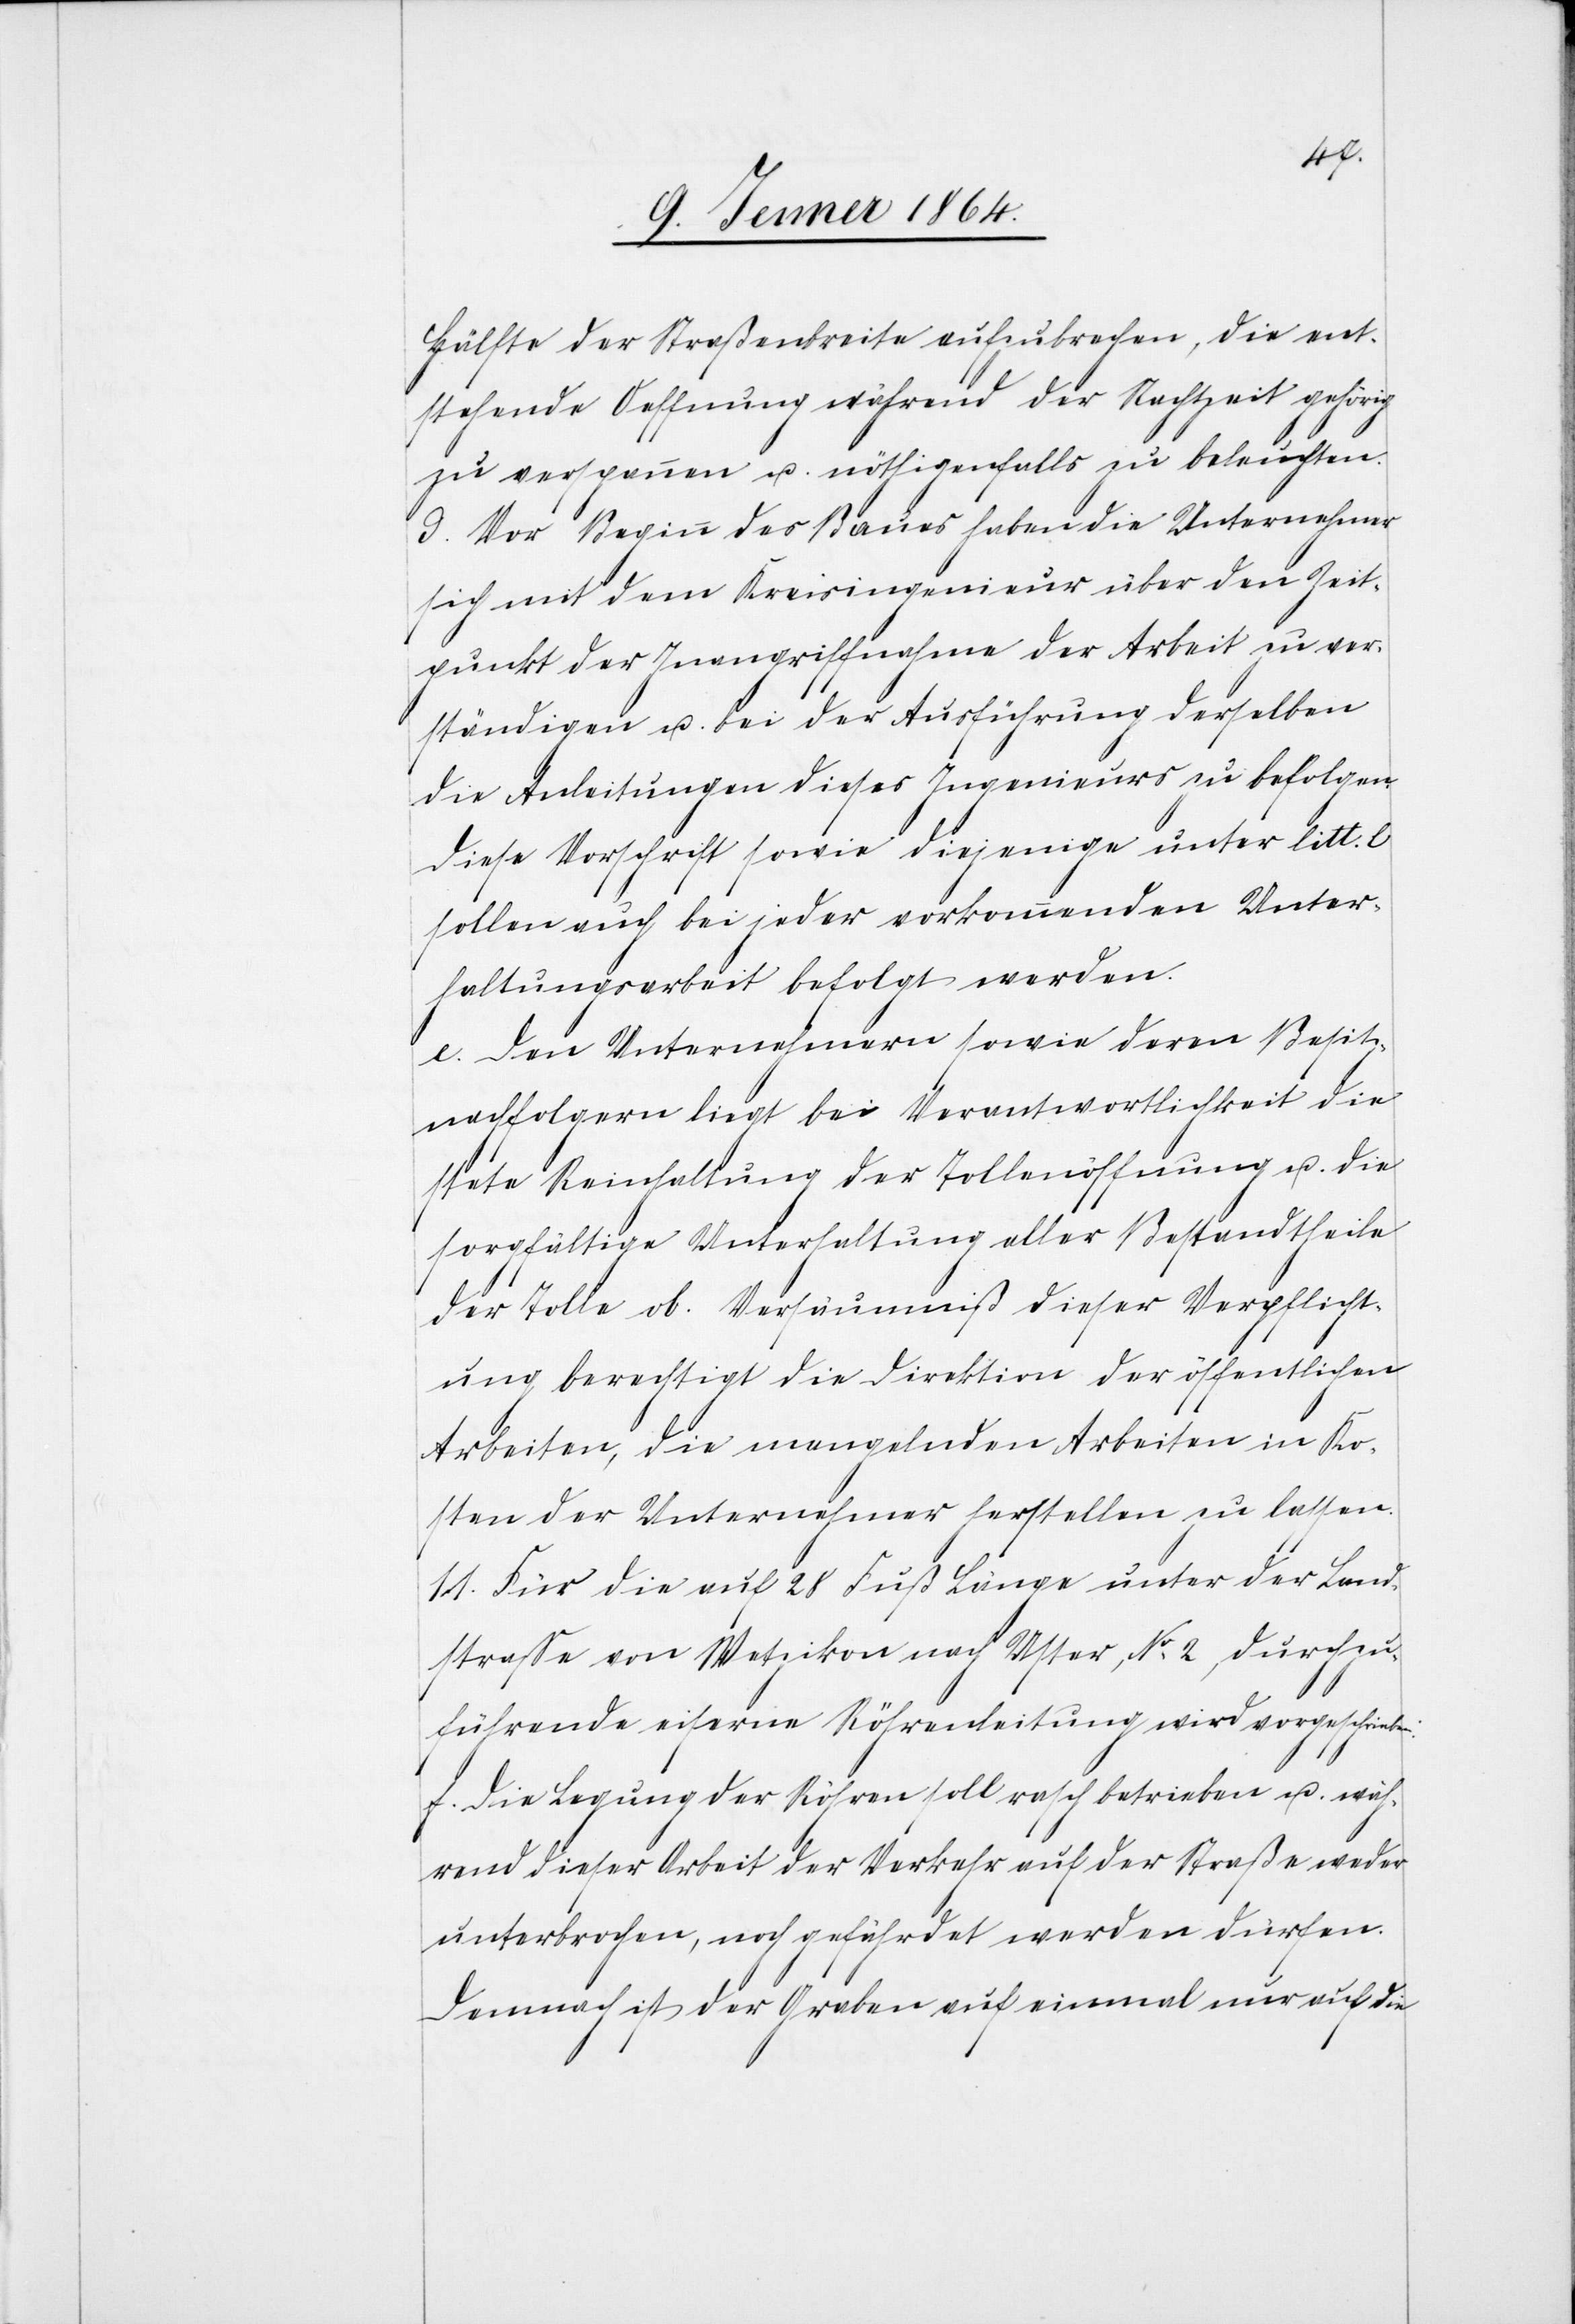
Hälfte der Straßenbreite aufzubrechen, die ent¬
stehende Oeffnung während der Nachtzeit gehörig
zu verspannen u. nöthigenfalls zu beleuchten.
d. Vor Beginn des Baues haben die Unternehmen
sich mit dem Kreisingenieur über den Zeit¬
punkt der Inangriffnahme der Arbeit zu ver¬
ständigen u. bei der Ausführung derselben
die Anleitungen dieses Ingenieurs zu befolgen.
Diese Vorschrift sowie diejenige unter litt. c
sollen auch bei jeder vorkommenden Unter¬
haltungsarbeit befolgt werden.
e. Den Unternehmen sowie deren Besit¬
znachfolgern liegt bei Verantwortlichkeit die
stete Reinhaltung der Tollenöffnung u. die
sorgfältige Unterhaltung aller Bestandtheile
der Tolle ob. Versäumniß dieser Verpflicht¬
ung berechtigt die Direktion der öffentlichen
Arbeiten, die mangelnden Arbeiten in Ko¬
sten der Unternehmer herstellen zu lassen.
11.) Für die auf 28 Fuß Länge unter der Land¬
strasse von Wetzikon nach Uster, Nr. 2, durchzu¬
führende eiserne Rörenleitung wird vorgeschrieben:
f. Die Legung der Röhren soll rasch betrieben u. wäh¬
rend dieser Arbeit der Verkehr auf der Straße weder
unterbrochen, noch gefährdet werden dürfen.
Demnach ist der Graben auf einmal nur auf die